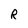
Character: R